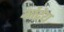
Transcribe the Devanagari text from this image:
ओंद्रेय